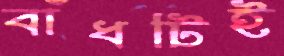
বাঁধটিই